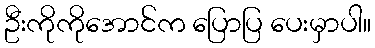
ဦးကိုကိုအောင်က ပြောပြ ပေးမှာပါ။